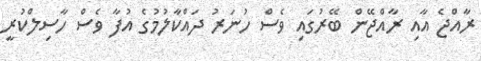
ރާއްޖެ އާއި ރާއްޖޭން ބޭރުގައި ވެސް ހުނަރު ދައްކާލުމުގެ އުފާ ވެސް ހާސިލްކުރީ